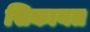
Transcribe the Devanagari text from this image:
सिकायत